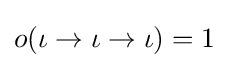
o(\iota \to \iota \to \iota )=1